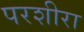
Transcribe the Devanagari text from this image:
परशीरा